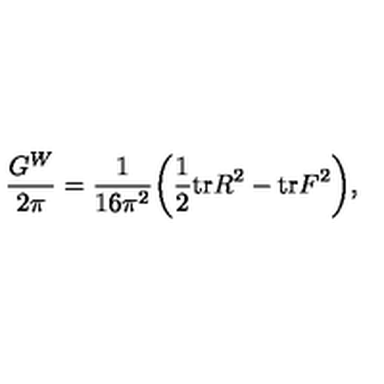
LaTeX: { \frac { G ^ { W } } { 2 \pi } } = { \frac { 1 } { 1 6 \pi ^ { 2 } } } \bigg ( { \frac { 1 } { 2 } } \mathrm { t r } R ^ { 2 } - \mathrm { t r } F ^ { 2 } \bigg ) ,